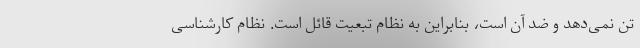
تن نمی‌دهد و ضد آن است، بنابراین به نظام تبعیت قائل است. نظام کارشناسی